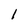
Character: 1